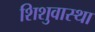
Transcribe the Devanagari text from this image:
शिशुवास्था